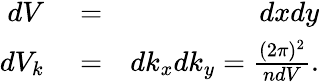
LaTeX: \begin{array}{rlr}{dV}&{{}=}&{dxdy}\\ {dV_{k}}&{{}=}&{dk_{x}dk_{y}=\frac{(2\pi)^{2}}{ndV}.}\end{array}